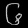
Digit: ၆